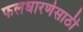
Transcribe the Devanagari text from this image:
फलधारणेसाठी